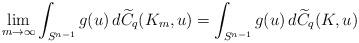
LaTeX: \begin{align*}\lim_{m\to\infty}\int_{S^{n-1}}g(u)\,d\widetilde{C}_q(K_m, u)=\int_{S^{n-1}}g(u)\,d\widetilde{C}_q(K, u)\end{align*}